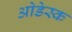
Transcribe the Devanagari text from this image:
ओडेस्क